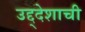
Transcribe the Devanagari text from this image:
उद्द्देशाची